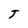
Character: T